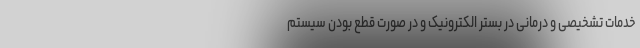
خدمات تشخیصی و درمانی‌ در بستر الکترونیک و در صورت قطع بودن سیستم